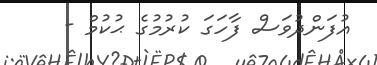
އުފަންދުވަސް ފާހަގަ ކުރުމުގެ ޙުކުމް -